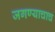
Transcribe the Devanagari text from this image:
जगण्याचाच